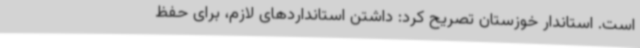
است. استاندار خوزستان تصریح کرد: داشتن استانداردهای لازم، برای حفظ